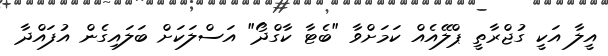
އީލާ އަކީ ގުޖްރާތީ ޕްލޭއެއް ކަމަށްވާ "ބެޓާ ކާގްދޯ" އަސްލަކަށް ބަލައިގެން އުފައްދާ